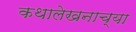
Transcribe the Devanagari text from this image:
कथालेखनाच्या